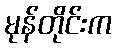
မုန်တိုင်းက